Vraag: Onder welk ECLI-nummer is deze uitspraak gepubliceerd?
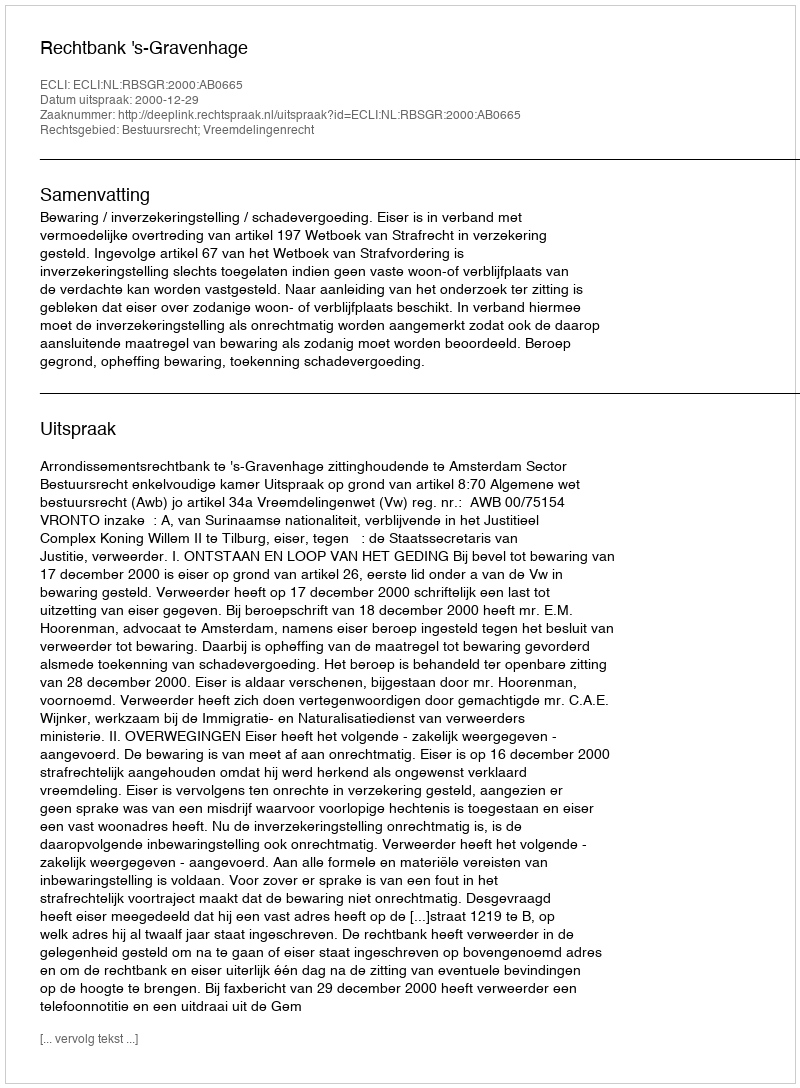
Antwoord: ECLI:NL:RBSGR:2000:AB0665